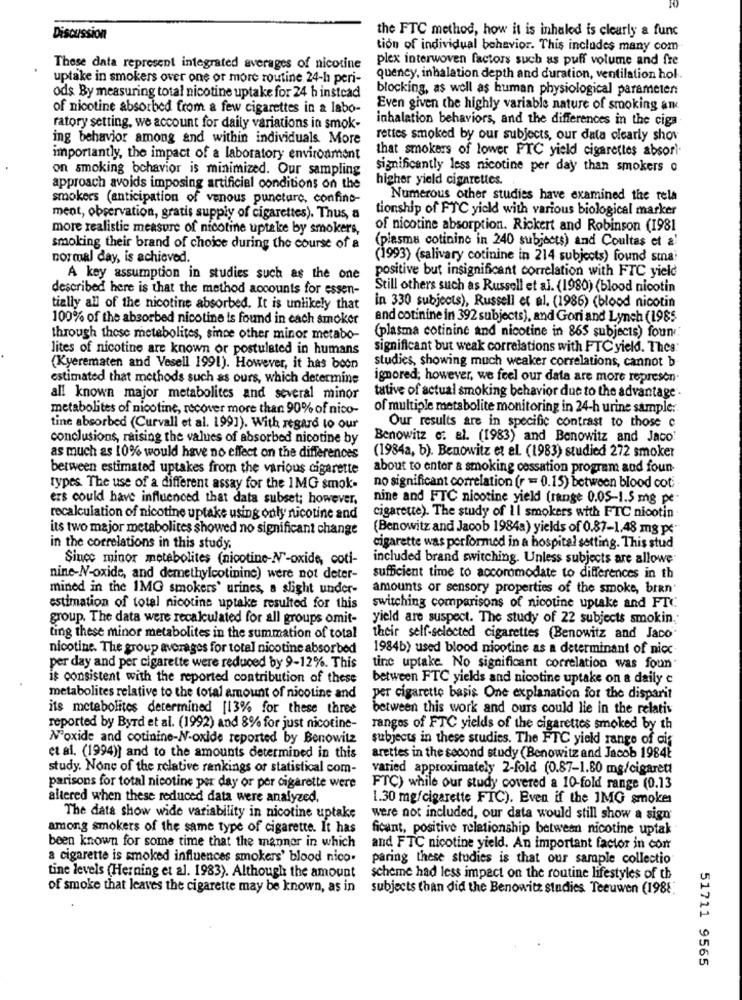
the FTC method, how it is inhaled is clearly a func
Discussion
tion of individual behavior. This includes many com-
plex interwoven factors such as puff volume and fre
These data represent integrated averages of nicotine
uptake in smokers over one or more routine 24-h peri-
quency, inhalation depth and duration, ventilation hol.
ods By measuring total nicotine uptake for 24 h instead
blocking, as well as human physiological parameter:
of nicotine absorbed from a few cigarettes in a labo-
Even given the highly variable nature of smoking am
inhalation behaviors, and the differences in the ciga
ratory setting, we account for daily variations in smok-
ing behavior among and within individuals More
rettes smoked by our subjects, our data clearly shov
that smokers of lower FTC yield cigarettes absor
importantly, the impact of a laboratory environment
on smoking behavior is minimized. Our sampling
significantly less nicotine per day than smokers o
higher yield cigarettes.
approach avoids imposing artificial conditions on the
smokers (anticipation of venous puncture, confine-
Numerous other studies have examined the rela
tionship of FTC yield with various biological marker
ment, observation, gratis supply of cigarettes). Thus, a
more realistic measure of nicotine uptake by smokers,
of nicotine absorption. Rickert and Robinson (1981
smoking their brand of choice during the course of a
(plasma cotinine in 240 subjects) and Coultas et a!
normal day, is achieved.
(1993) (salivary cotinine in 214 subjects) found sma?
positive but insignificant correlation with FTC yield
A key assumption in studies such as the one
described here is that the method accounts for essen-
Still others such as Russell et al. (1980) (blood nicotin
tially all of the nicotine absorbed. It is unlikely that
in 330 subjects), Russell et al. (1986) (blood nicotin
100% of the absorbed nicotine is found in each smoker
and cotinine in 392 subjects), and Gori and Lynch (1985
(plasma cotinine and nicotine in 865 subjects) four
through these metabolites, since other minor metabo-
lites of nicotine are known or postulated in humans
significant but weak correlations with FTC yield. Thes.
(Kyerematen and Vesell 1991). However, it has boon
studies, showing much weaker correlations, cannot b-
estimated that methods such as ours, which determine
ignored; however, we feel our data are more represen.
all known major metabolites and several minor
tative of actual smoking behavior due to the advantage .
metabolites of nicotine, recover more than 90% of nico-
of multiple metabolite monitoring in 24-h urine sample :.
tine absorbed (Curvall et al. 1991). With regard to our
Our results are in specific contrast to those c
conclusions, raising the values of absorbed nicotine by
Benowitz e: al. (1983) and Benowitz and Jaco'
(1984a, b). Benowitz et al. (1983) studied 272 smoker
as much as 10% would have no effect on the differences
between estimated uptakes from the various cigarette
about to enter a smoking cessation program and foun
types. The use of a different assay for the 1MG smok-
no significant correlation (r = 0.15) between blood cot. .
ers could have influenced that data subset; however,
nine and FTC nicotine yield (range 0.05-1.5 mg pe-
recalculation of nicotine uptake using only nicotine and
cigarette). The study of Il smokers with FTC nicotin
its two major metabolites showed no significant change
(Benowitz and Jacob 1984a) yields of 0.87-1,48 mg pc"
in the correlations in this study.
cigarette was performed in a hospital setting. This stud
Since minor metabolites (nicotine-N'-oxide, coti-
included brand switching. Unless subjects are allowe
nine-N-oxide, and demethylcotininc) were not deter-
sufficient time to accoromodate to differences in th
mined in the 1MG smokers' urines, a slight under-
amounts or sensory properties of the smoke, bien
estimation of total nicotine uptake resulted for this
switching comparisons of nicotine uptake and FTC
group. The data were recalculated for all groups omit-
yield are suspect. The study of 22 subjects smokin.
ting these minor metabolites in the summation of total
their self-selected cigarettes (Benowitz and Jaco
nicotine. The group averages for total nicotine absorbed
1984b) used blood nicotine as a determinant of nicc
per day and per cigarette were reduced by 9-12%. This
tine uptake. No significant correlation was foun
is consistent with the reported contribution of these
between FTC yields and nicotine uptake on a daily c
metabolites relative to the total amount of nicotine and
per cigarette basis One explanation for the disparit
its metabolites determined [13% for these three
between this work and ours could lie in the relativ
reported by Byrd et al. (1992) and 8% for just nicotine-
rangos of FTC yields of the cigarettes smoked by th
N'oxide and cotinine-N-oxide reported by Benowitz
subjects in these studies. The FTC yield range of cis
et al. (1994)] and to the amounts determined in this
arettes in the second study (Benowitz and Jacob 1984E
study. None of the relative rankings of statistical com-
varied approximately 2-fold (0.87-1.80 mg/cigarett
parisons for total nicotine per day or per cigarette were
FTC) while our study covered a 10-fold range (0.13
altered when these reduced data were analyzed.
1.30 mg/cigarette FTC). Even if the IMG smoker
The data show wide variability in nicotine uptake
were not included, our data would still show a sign'
among smokers of the same type of cigarette. It has
ficant, positive relationship between nicotine uptak
been known for some time that the manner in which
and FTC nicotine yield. An important factor in con
a cigarette is smoked influences smokers' blood nico.
paring these studies is that our sample collectio
tine levels (Herning et al. 1983). Although the amount
scheme had less impact on the routine lifestyles of th
of smoke that leaves the cigarette may be known, as in
subjects than did the Benowitz studies Teeuwen (1988.
51711 9565